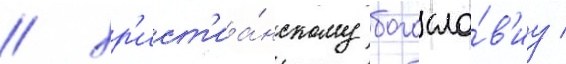
/ хр'ист'иа́нскому богосло́в'иу /